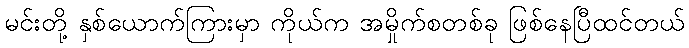
မင်းတို့ နှစ်ယောက်ကြားမှာ ကိုယ်က အမှိုက်စတစ်ခု ဖြစ်နေပြီထင်တယ်